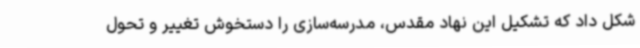
شکل داد که تشکیل این نهاد مقدس، مدرسه‌سازی را دستخوش تغییر و تحول